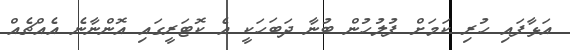
އަޅާފައި ހުރި ކަމަށް ފުލުހުން ބުނާ ދަބަހަކީ އެ ކޮޓަރީގައި އޮންނާނެ އެއްޗެއް